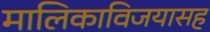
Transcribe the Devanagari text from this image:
मालिकाविजयासह